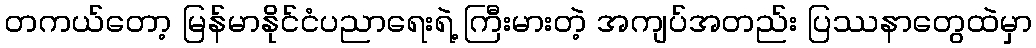
တကယ်တော့ မြန်မာနိုင်ငံပညာရေးရဲ့ ကြီးမားတဲ့ အကျပ်အတည်း ပြဿနာတွေထဲမှာ